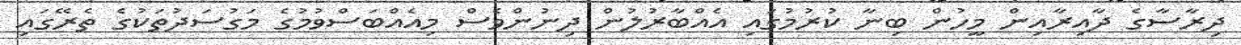
ދިރާސާގެ ދާއިރާއިން މީހުން ބިނާ ކުރުމުގައި އެއްބާރުލުން ދިނުންވެސް މިއެއްބަސްވުމުގެ މަގުސަދުތަކުގެ ތެރޭގައި